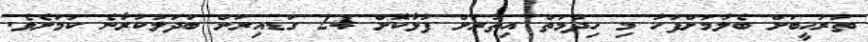
ތަރުހީބަށް ބެލުމަށްފަހު މި ހިދުމަތް އިތުރަށް ފުޅާކޮށް 24 ގަޑއިރަށް ބަދަލުކުރާނެ ކަމަށެވެ.